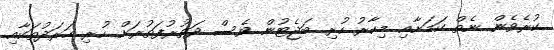
ކުރެވެން ނެތް ކަމަށާއި މިހާރު ހުރި ބަޖެޓުން ވެސް ދަތުރުފަތުރަށް ހުރި ހަރަދުތަކާއި